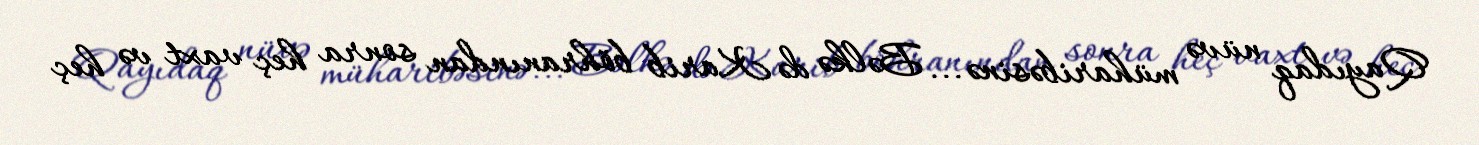
Qayıdaq nüvə müharibəsinə... Bəlkə də Karib böhranından sonra heç vaxt və heç